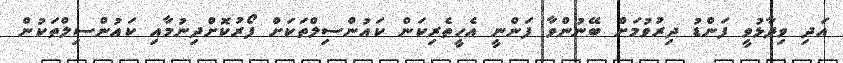
އަދި ވިދާޅުވީ ފަންޑު ދިރުވުމަށް ބޭނުންވާ ފަންނީ އެހީތެރިކަން ކައުންސިލްތަކަށް ފޯރުކޮށްދިނުމާއި ކައުންސިލްތަކުން